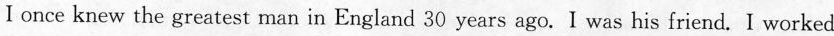
I once knew the greatest man in England 30 years ago.I was his friend. I worked